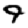
Digit: 9